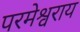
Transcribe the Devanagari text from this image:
परमेश्वराय